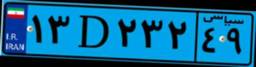
۱۳D۲۳۲۴۹